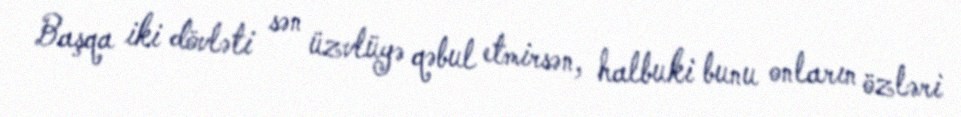
Başqa iki dövləti sən üzvlüyə qəbul etmirsən, halbuki bunu onların özləri